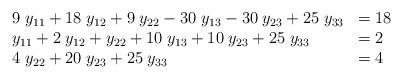
LaTeX: \begin{align*}\begin{array}{ll}9 \; y_{11} + 18 \; y_{12} + 9 \; y_{22} -30 \; y_{13} - 30 \; y_{23} + 25 \; y_{33} & = 18 \\y_{11} + 2 \; y_{12} + y_{22} +10 \; y_{13} +10 \; y_{23} + 25 \; y_{33} & = 2 \\4 \; y_{22} +20 \; y_{23} + 25 \; y_{33} & = 4\end{array}\end{align*}